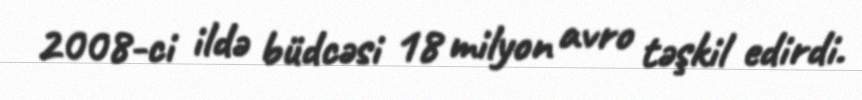
2008-ci ildə büdcəsi 18 milyon avro təşkil edirdi.